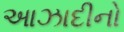
આઝાદીનો